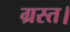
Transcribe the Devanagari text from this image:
ग्रस्त।